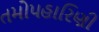
તમોપહારિણી